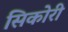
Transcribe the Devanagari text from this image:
सिकोरी